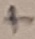
Text: +